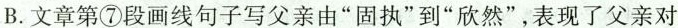
B.文章第⑦段画线句子写父亲由“固执”到“欣然”,表现了父亲对